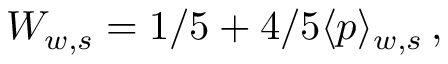
W _ { w , s } = 1 / 5 + 4 / 5 \langle p \rangle _ { w , s } \, ,